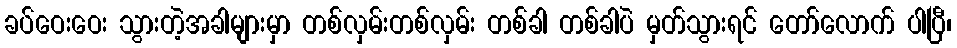
ခပ်ဝေးဝေး သွားတဲ့အခါများမှာ တစ်လှမ်းတစ်လှမ်း တစ်ခါ တစ်ခါပဲ မှတ်သွားရင် တော်လောက် ပါပြီ၊